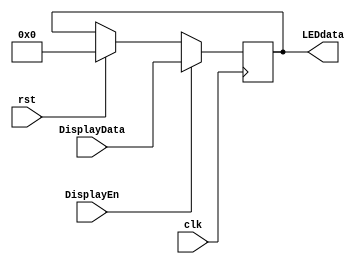
`timescale 1ns / 1ps
//////////////////////////////////////////////////////////////////////////////////
// Company: 
// Engineer: 
// 
// Design Name: 
// Module Name: LEDdata_Store
// Project Name: 
// Target Devices: 
// Tool Versions: 
// Description: 
// 
// Dependencies: 
// 
// Revision:
// Revision 0.01 - File Created
// Additional Comments:
// 
//////////////////////////////////////////////////////////////////////////////////


module LEDdata_Store(
    input wire rst,
    input wire clk,
    input wire DisplayEn,
    input wire[31:0] DisplayData,
    output reg[31:0] LEDdata
    );
    always @(posedge clk) begin
        if(rst) begin
            LEDdata <= 0;
        end
        if(DisplayEn) begin
            LEDdata <= DisplayData;
        end
    end
endmodule